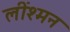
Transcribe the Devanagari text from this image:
लींश्मन